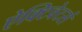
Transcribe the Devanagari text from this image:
ऐक्टिवेटर्स